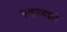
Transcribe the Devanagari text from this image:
मृत्युपत्राद्वारे